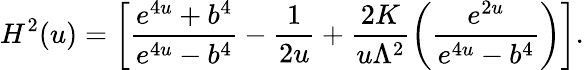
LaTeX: H^{2}(u)=\left[\frac{e^{4u}+b^{4}}{e^{4u}-b^{4}}-\frac{1}{2u}+\frac{2K}{u\Lambda^{2}}\left(\frac{e^{2u}}{e^{4u}-b^{4}}\right)\right].